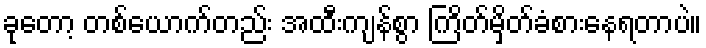
ခုတော့ တစ်ယောက်တည်း အထီးကျန်စွာ ကြိတ်မှိတ်ခံစားနေရတာပဲ။